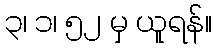
၃၊ ၁၊ ၅၂ မှ ယူရန်။